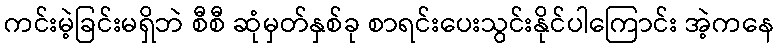
ကင်းမဲ့ခြင်းမရှိဘဲ စီစီ ဆုံမှတ်နှစ်ခု စာရင်းပေးသွင်းနိုင်ပါကြောင်း အဲ့ကနေ